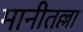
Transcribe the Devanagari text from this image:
मानीतल्ला